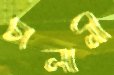
চালানী